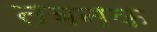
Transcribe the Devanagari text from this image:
तबनक